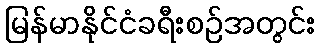
မြန်မာနိုင်ငံခရီးစဉ်အတွင်း